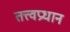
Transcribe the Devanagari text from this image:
तत्त्वप्रधान